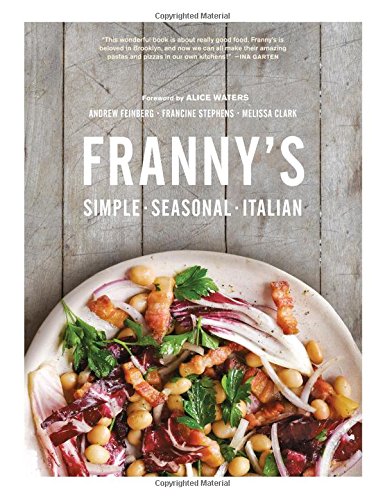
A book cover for Franny's: Simple Seasonal Italian; Andrew Feinberg; Cookbooks, Food & Wine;